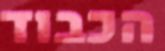
הכבוד